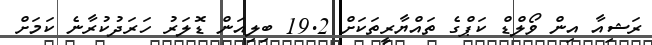
ރަޝިއާ އިން ވޯލްޑް ކަޕްގެ ތައްޔާރީތަކަށް 19.2 ބިލިއަން ޑޮލަރު ހަރަދުކުރާނެ ކަމަށް